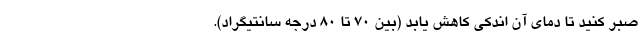
صبر کنید تا دمای آن اندکی کاهش یابد (بین 70 تا 80 درجه سانتیگراد).